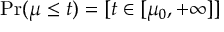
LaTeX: \operatorname* { P r } ( \mu \leq t ) = [ t \in [ \mu _ { 0 } , + \infty ] ]